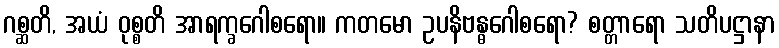
ဂစ္ဆတိ, အယံ ဝုစ္စတိ အာရက္ခဂေါစရော။ ကတမော ဥပနိဗန္ဓဂေါစရော? စတ္တာရော သတိပဋ္ဌာနာ